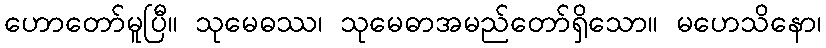
ဟောတော်မူပြီ။ သုမေဓဿ၊ သုမေဓာအမည်တော်ရှိသော။ မဟေသိနော၊